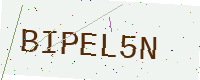
Text: BIPEL5N